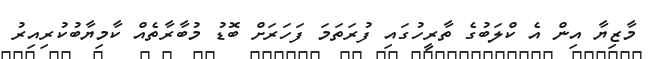
މާޒިޔާ އިން އެ ކްލަބުގެ ތާރީހުގައި ފުރަތަމަ ފަހަރަށް ބޮޑު މުބާރާތެއް ކާމިޔާބުކުރިއިރު